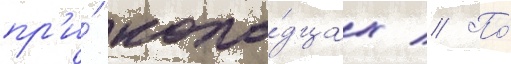
пр'и́ коло́дцах // По́